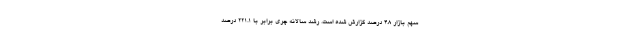
سهم بازار 4.8 درصد گزارش شده است. رشد سالانه چری برابر با 221.1 درصد